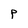
Character: p